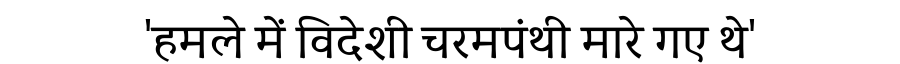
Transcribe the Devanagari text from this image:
'हमले में विदेशी चरमपंथी मारे गए थे'